Annual administration report of the Civil Veterinary Department of India - 1896-1897
Year: 1896
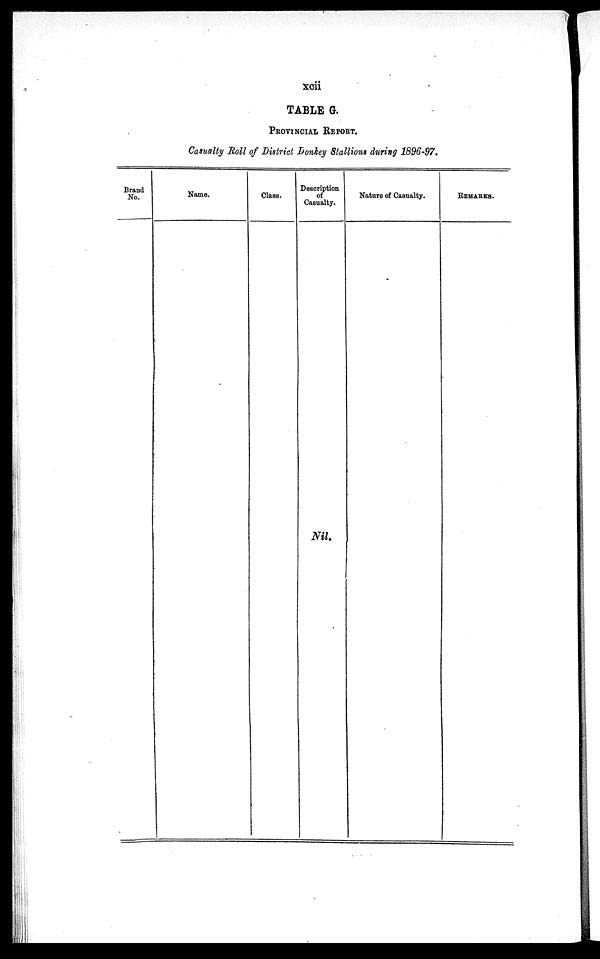
xcii
TABLE G.
PROVINCIAL REPORT.
Casualty Roll of District Donkey Stallions during 1896-97.
Brand
No.
Name.
Class.
Description
of
Casualty.
Nil.
Nature of Casualty.
REMARKS.